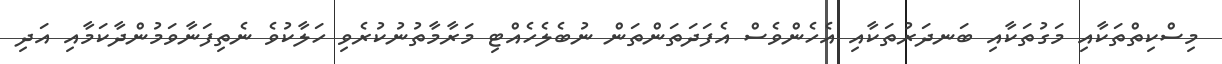
މިސްކިތްތަކާއި މަގުތަކާއި ބަނދަރުތަކާއި އެހެންވެސް އެފަދަތަންތަން ނުބެލެހެއްޓި މަރާމާތުނުކުރެވި ހަލާކުވެ ނެތިފަނާވަމުންދާކަމާއި އަދި